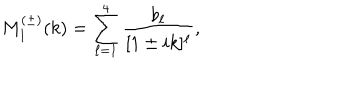
M _ { 1 } ^ { ( \pm ) } ( k ) = \sum _ { \ell = 1 } ^ { 4 } \frac { b _ { \ell } } { [ 1 \pm i k ] ^ { \ell } } ,